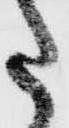
た